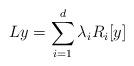
LaTeX: \begin{align*} Ly = \sum_{i=1}^d \lambda_i R_i[y]\end{align*}